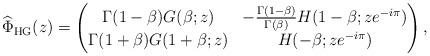
LaTeX: \begin{align*}\widehat{\Phi}_{\mathrm{HG}}(z) = \begin{pmatrix}\Gamma(1 -\beta)G(\beta; z) & -\frac{\Gamma(1 -\beta)}{\Gamma(\beta)}H(1-\beta;ze^{-i\pi }) \\\Gamma(1 +\beta)G(1+\beta;z) & H(-\beta;ze^{-i\pi })\end{pmatrix},\end{align*}